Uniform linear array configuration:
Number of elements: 16
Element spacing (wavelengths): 0.5
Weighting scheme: kaiser
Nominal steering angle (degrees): -60
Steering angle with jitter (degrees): -61.037
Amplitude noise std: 0.05
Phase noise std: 0.05

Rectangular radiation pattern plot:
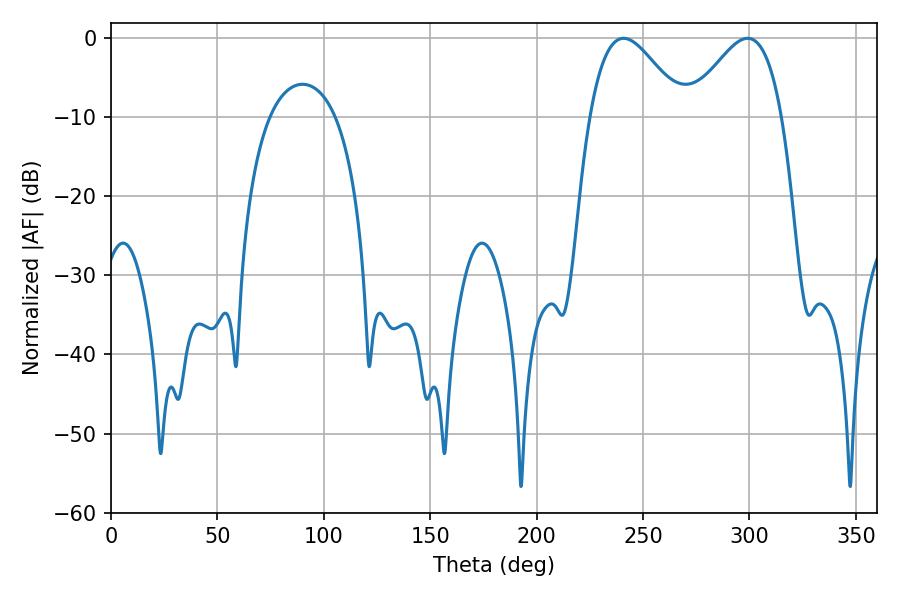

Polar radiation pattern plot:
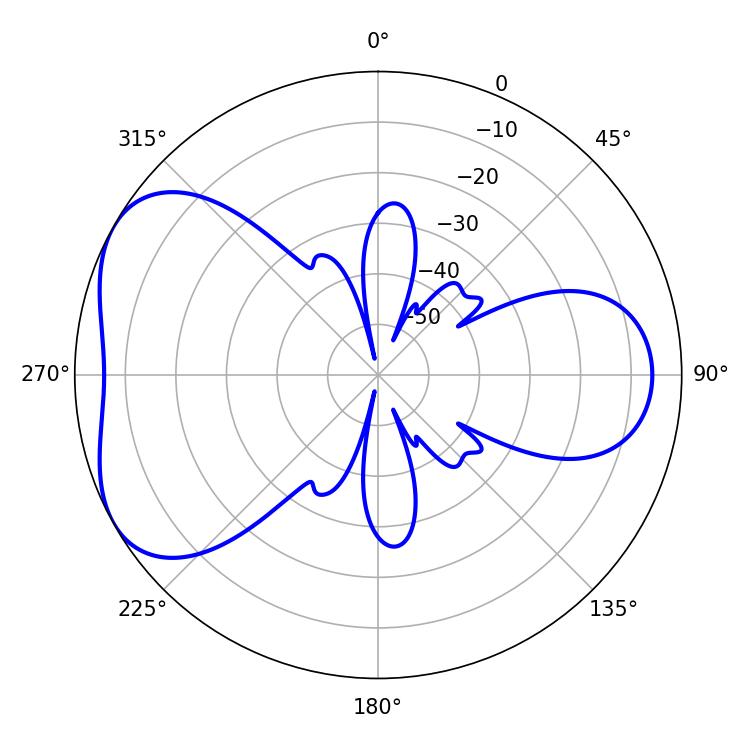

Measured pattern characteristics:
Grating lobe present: FALSE
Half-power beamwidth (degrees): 23.58
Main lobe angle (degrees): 240.84